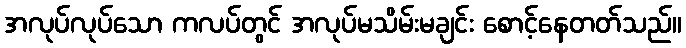
အလုပ်လုပ်သော ကလပ်တွင် အလုပ်မသိမ်းမချင်း စောင့်နေတတ်သည်။